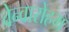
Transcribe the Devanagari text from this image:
वेन्वारोहम